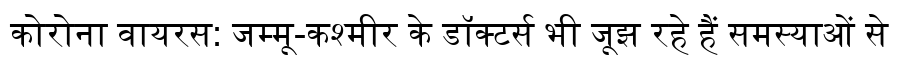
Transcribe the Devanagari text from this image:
कोरोना वायरस: जम्मू-कश्मीर के डॉक्टर्स भी जूझ रहे हैं समस्याओं से